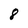
Character: 8